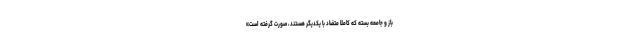
باز و جامعه بسته که کاملاً متضاد با یکدیگر هستند، صورت گرفته است»